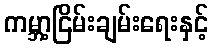
ကမ္ဘာ့ငြိမ်းချမ်းရေးနှင့်